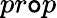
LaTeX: pr\mathtt{o}p